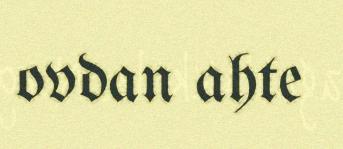
ovdan ahte